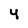
Character: 4